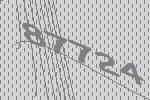
87724